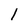
Character: 1